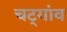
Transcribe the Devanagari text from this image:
चट्गांव